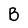
Character: B